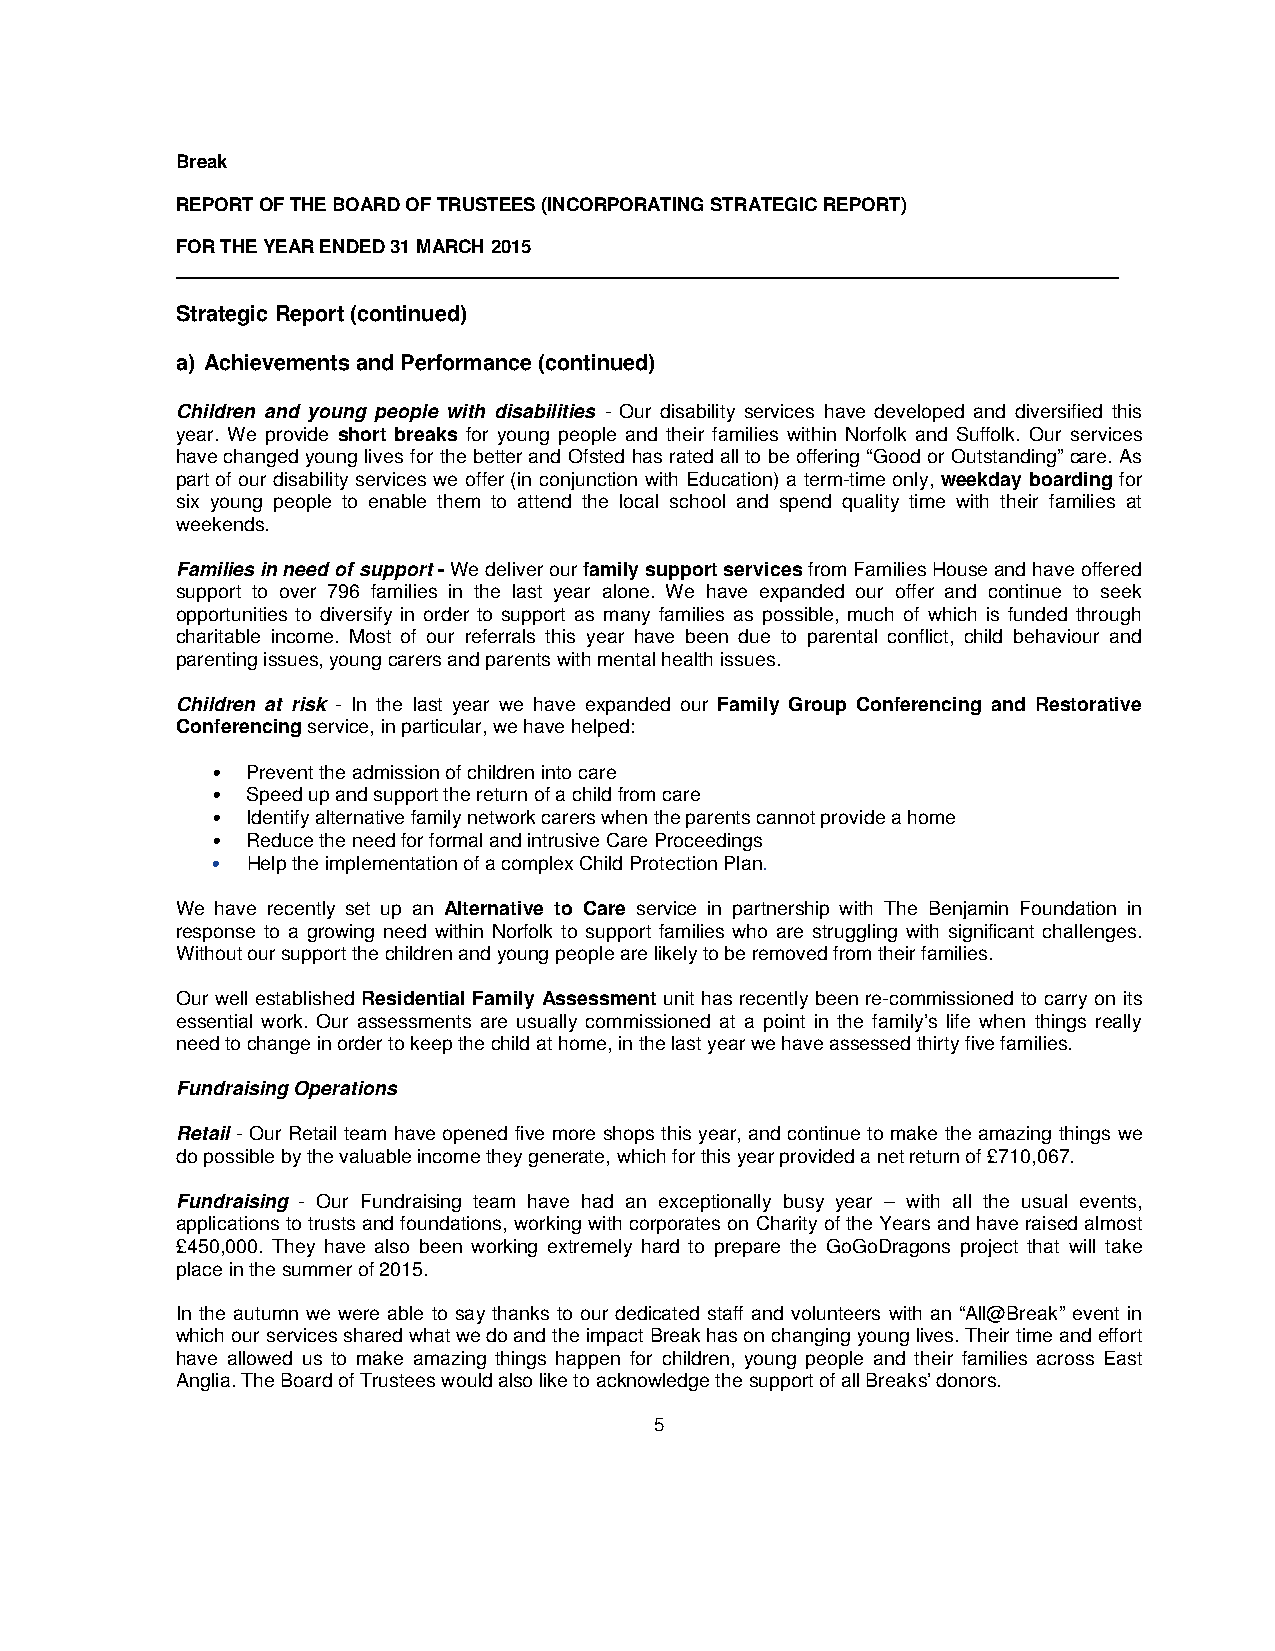
Break
 REPORT OF THE BOARD OF TRUSTEES (INCORPORATING STRATEGIC REPORT)
 FOR THE YEAR ENDED 31 MARCH 2015
 ___________________________________________________________________________________________
 Strategic Report (continued)
 a) Achievements and Performance (continued)
 Children and young people with disabilities - Our disability services have developed and diversified this
 year. We provide short breaks for young people and their families within Norfolk and Suffolk. Our services
 have changed young lives for the better and Ofsted has rated all to be offering “Good or Outstanding” care. As
 part of our disability services we offer (in conjunction with Education) a term-time only, weekday boarding for
 six young people to enable them to attend the local school and spend quality time with their families at
 weekends.
 Families in need of support - We deliver our family support services from Families House and have offered
 support to over 796 families in the last year alone. We have expanded our offer and continue to seek
 opportunities to diversify in order to support as many families as possible, much of which is funded through
 charitable income. Most of our referrals this year have been due to parental conflict, child behaviour and
 parenting issues, young carers and parents with mental health issues.
 Children at risk - In the last year we have expanded our Family Group Conferencing and Restorative
 Conferencing service, in particular, we have helped:
 • Prevent the admission of children into care
 • Speed up and support the return of a child from care
 • Identify alternative family network carers when the parents cannot provide a home
 • Reduce the need for formal and intrusive Care Proceedings
 • Help the implementation of a complex Child Protection Plan.
 We have recently set up an Alternative to Care service in partnership with The Benjamin Foundation in
 response to a growing need within Norfolk to support families who are struggling with significant challenges.
 Without our support the children and young people are likely to be removed from their families.
 Our well established Residential Family Assessment unit has recently been re-commissioned to carry on its
 essential work. Our assessments are usually commissioned at a point in the family’s life when things really
 need to change in order to keep the child at home, in the last year we have assessed thirty five families.
 Fundraising Operations
 Retail - Our Retail team have opened five more shops this year, and continue to make the amazing things we
 do possible by the valuable income they generate, which for this year provided a net return of £710,067.
 Fundraising - Our Fundraising team have had an exceptionally busy year – with all the usual events,
 applications to trusts and foundations, working with corporates on Charity of the Years and have raised almost
 £450,000. They have also been working extremely hard to prepare the GoGoDragons project that will take
 place in the summer of 2015.
 In the autumn we were able to say thanks to our dedicated staff and volunteers with an “All@Break” event in
 which our services shared what we do and the impact Break has on changing young lives. Their time and effort
 have allowed us to make amazing things happen for children, young people and their families across East
 Anglia. The Board of Trustees would also like to acknowledge the support of all Breaks’ donors.
 5